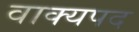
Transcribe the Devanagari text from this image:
वाक्यपद